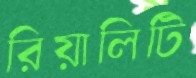
রিয়ালিটি